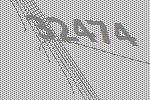
32474